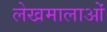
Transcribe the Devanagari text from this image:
लेखमालाओं